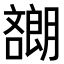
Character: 𡂯